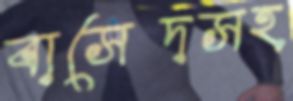
বাসেদসহ